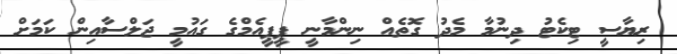
ރިޔާސީ ޓިކެޓު ދިނުމާ މެދު ގޮތެއް ނިންމާނީ ޕީޕީއެމްގެ ގައުމީ ޖަލްސާއިން ކަމަށް